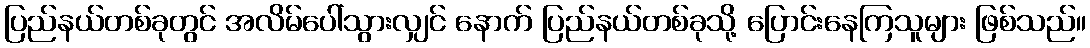
ပြည်နယ်တစ်ခုတွင် အလိမ်ပေါ်သွားလျှင် နောက် ပြည်နယ်တစ်ခုသို့ ပြောင်းနေကြသူများ ဖြစ်သည်။